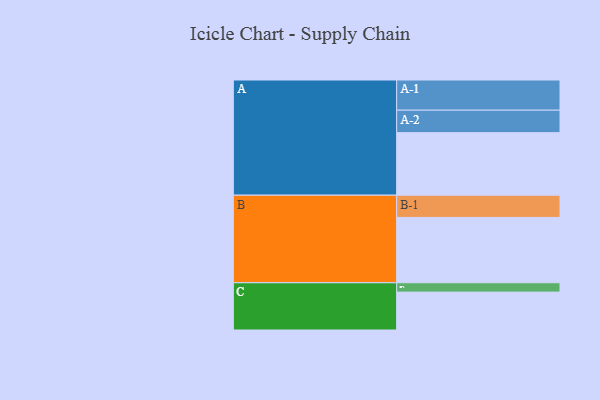
{"axis": {"x": "Segment", "y": "Value"}, "legend": ["", "A", "B", "C"], "data": [{"x": "A", "y": 568, "type": ""}, {"x": "B", "y": 593, "type": ""}, {"x": "C", "y": 344, "type": ""}, {"x": "A-1", "y": 274, "type": "A"}, {"x": "A-2", "y": 204, "type": "A"}, {"x": "B-1", "y": 202, "type": "B"}, {"x": "C-1", "y": 85, "type": "C"}]}